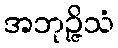
အဘုဉ္ဇိသံ